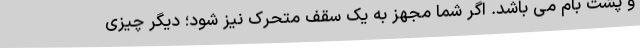
و پشت بام می باشد. اگر شما مجهز به یک سقف متحرک نیز شود؛ دیگر چیزی